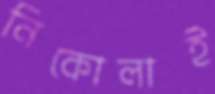
নিকোলাই